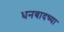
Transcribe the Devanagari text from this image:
धनबादच्या